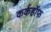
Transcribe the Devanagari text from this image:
कर्कहॉफ